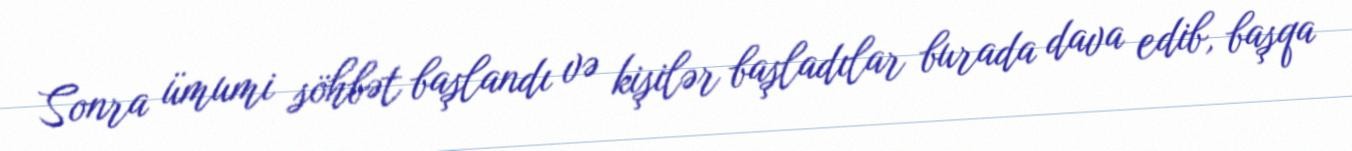
Sonra ümumi söhbət başlandı və kişilər başladılar burada dava edib, başqa